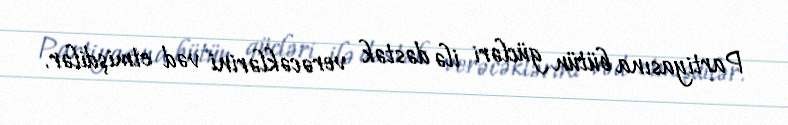
Partiyasına bütün gücləri ilə dəstək verəcəklərini vəd etmişdilər.